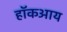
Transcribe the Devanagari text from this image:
हॉकआय